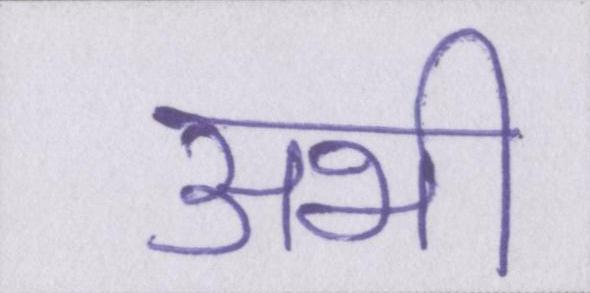
अभी